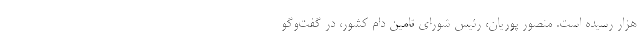
هزار رسیده است. منصور پوریان،‌ رئیس شورای تامین دام کشور، در گفت‌وگو